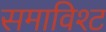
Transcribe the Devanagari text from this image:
समाविश्ट